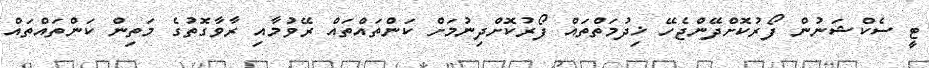
ޓީ ސެކްޝަނުން ފޯރުކޮށްދޭންޖެހޭ ޚިދުމަތްތައް ފޯރުކޮށްދިނުމަށް ކަންތައްތައް ރޭވުމާއި ރާވާގޮތުގެ މަތިން ކަންތައްތައް